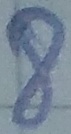
Text: 8